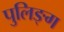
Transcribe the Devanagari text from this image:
पुलिङ्ग